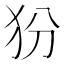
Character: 𰠿